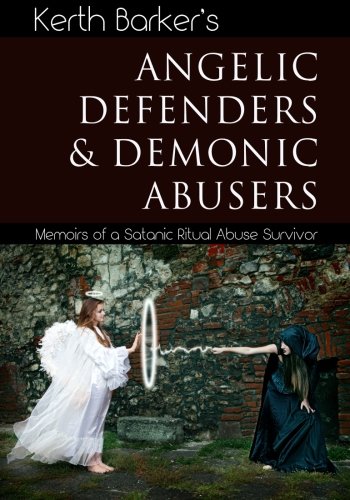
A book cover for Angelic Defenders & Demonic Abusers: Memoirs of a Satanic Ritual Abuse Survivor; Kerth Barker; Religion & Spirituality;